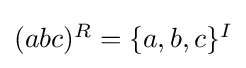
{\textstyle (abc)^{R}=\{a,b,c\}^{I}}